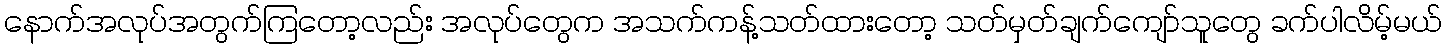
နောက်အလုပ်အတွက်ကြတော့လည်း အလုပ်တွေက အသက်ကန့်သတ်ထားတော့ သတ်မှတ်ချက်ကျော်သူတွေ ခက်ပါလိမ့်မယ်